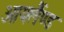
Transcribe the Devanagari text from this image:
आयर्लैण्ड